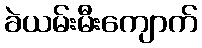
ခဲယမ်းမီးကျောက်